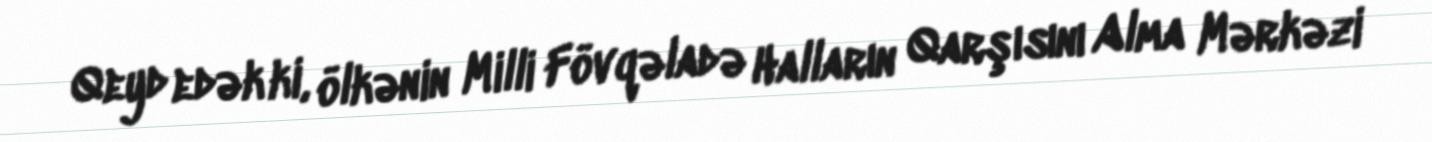
Qeyd edək ki, ölkənin Milli Fövqəladə Halların Qarşısını Alma Mərkəzi